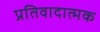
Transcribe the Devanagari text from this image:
प्रतिवादात्मक